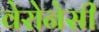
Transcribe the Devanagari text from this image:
वेरोनेसी